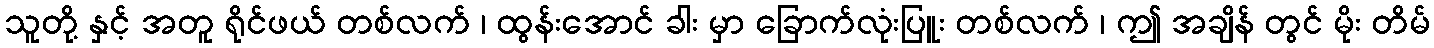
သူတို့ နှင့် အတူ ရိုင်ဖယ် တစ်လက် ၊ ထွန်းအောင် ခါး မှာ ခြောက်လုံးပြူး တစ်လက် ၊ ဤ အချိန် တွင် မိုး တိမ်